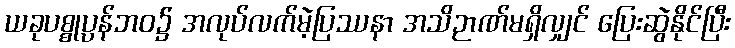
ယခုပစ္စုပ္ပန်ဘဝ၌ အလုပ်လက်မဲ့ပြဿနာ အသိဉာဏ်မရှိလျှင် ပြေးဆွဲနိုင်ပြီး